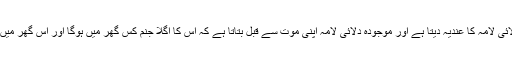
تاریخی اعتبار سے دلائی لامہ اپنی زندگی میں ہی نئے دلائی لامہ کا عندیہ دیتا ہے اور موجودہ دلائی لامہ اپنی موت سے قبل بتاتا ہے کہ اس کا اگلا جنم کس گھر میں ہوگا اور اس گھر میں پیدا ہونے والے نئے بچے کو دلائی لامہ سمجھا جاتا ہے۔